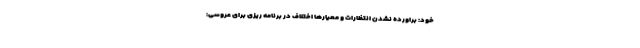
خود: براورده نشدن انتظارات و معیارها اختلاف در برنامه ریزی برای عروسی: